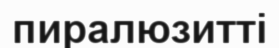
пиралюзитті